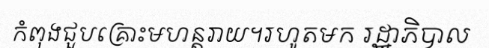
កំពុងជួបគ្រោះមហន្តរាយ។រហូតមក រដ្ឋាភិបាល